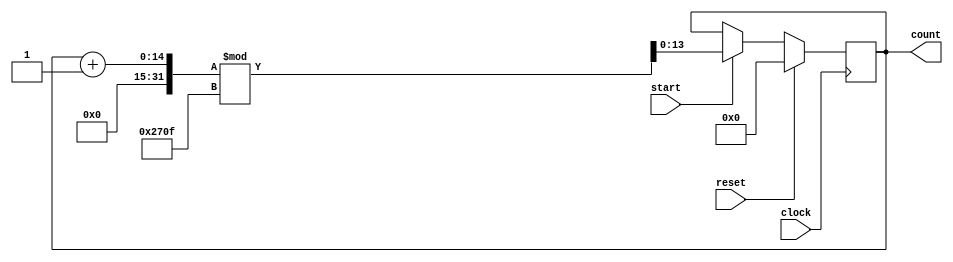
//Alex Johnson March 2018
//Module to count a BCD value and record it to the given binary output
module BCD_counter(input clock, input start, input reset, output  reg [13:0]count);
	//at every clock cycle increment the count by one
	always@(posedge clock)
	begin
		if(reset == 1)
			count = 0;
		else if(start == 1)
			count = (count + 1) % 9999;
	end
	
//	//decode the binary value into a value on the seven segment displays
//	BCD_decoder HEX_block(count[13:0], HEX0[6:0], HEX1[6:0], HEX2[6:0], HEX3[6:0]);
//	
//	assign HEX0[7] = 1;
//	assign HEX1[7] = 1;
//	assign HEX2[7] = 1;
//	assign HEX3[7] = 0;
endmodule